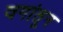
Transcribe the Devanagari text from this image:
वगांतून